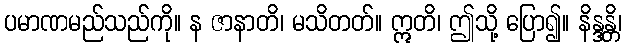
ပမာဏမည်သည်ကို။ န ဇာနာတိ၊ မသိတတ်။ ဣတိ၊ ဤသို့ ပြော၍။ နိန္ဒန္တိ၊